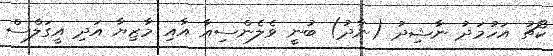
ކޯޗު އަހުމަދު ނާޝިދު (ނާދު) ބުނީ ވެލެންސިއާ އާއި މާޒިޔާ އަދި އީގަލްސް